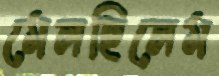
মেলছিলেম